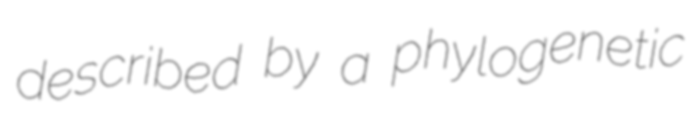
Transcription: described by a phylogenetic